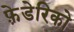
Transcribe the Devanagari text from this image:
फ़े़डेरिको